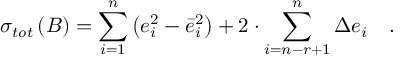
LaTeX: \sigma _ { t o t } \left( { \cal B } \right) = \sum _ { i = 1 } ^ { n } \left( e _ { i } ^ { 2 } - \bar { e } _ { i } ^ { 2 } \right) + 2 \cdot \sum _ { i = n - r + 1 } ^ { n } \Delta e _ { i } \quad .